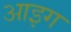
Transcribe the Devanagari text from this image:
आइग